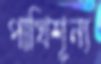
পাখিশূন্য